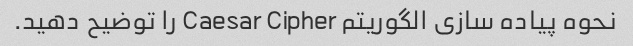
نحوه پیاده سازی الگوریتم Caesar Cipher را توضیح دهید.